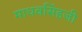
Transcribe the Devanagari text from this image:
माधवसिंहजी